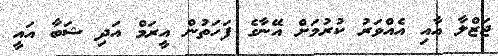
ޖަޒްލާ އާއި އެއްވަރު ކުރުމަށް އޭނާގެ ފަހަތުން އީރަމް އަދި ޝަބާ އައީ